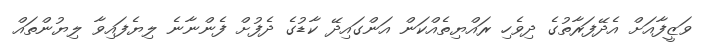
ވަޒީފާއަށް އެދޭފަރާތުގެ ދިވެހި ރައްޔިތެއްކަން އަންގައިދޭ ކާޑުގެ ދެފުށް ފެންނާނެ ލިޔެފައިވާ ލިޔުންތައް